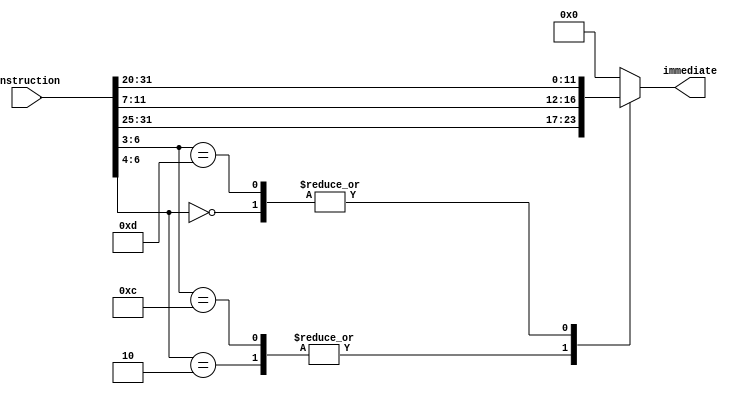
`timescale 1ns / 1ps

module Imm_Gen
(
    input wire [31:0] instruction,
    output reg [11:0] immediate
);

    /* INSTRUCTIONS */
//     Name (Bit position)|-----31:25-----|---24:20---|---19:15---|-14:12-|---11:7----|------6:0------|
//                        | 6 5 4 3 2 1 0 | 4 3 2 1 0 | 4 3 2 1 0 | 2 1 0 | 4 3 2 1 0 | 6 5 4 3 2 1 0 |
//                        | + + + + + + + | + + + + + | + + + + + | + + + | + + + + + | + + + + + + + |
// (a) R-type             |     funct7    |    rs2    |    rs1    |funct3 |    rd     |    opcode     |                                                 
//                        | + + + + + + + | + + + + + | + + + + + | + + + | + + + + + | + + + + + + + |
// (b) I-type             |          immediate        |    rs1    |funct3 |    rd     |    opcode     |                                                 
//                        | + + + + + + + | + + + + + | + + + + + | + + + | + + + + + | + + + + + + + |
// (c) S-type             |  immed[11:5]  |    rs2    |    rs1    |funct3 |immed[4:0] |    opcode     |                                                 
//                        | + + + + + + + | + + + + + | + + + + + | + + + | + + + + + | + + + + + + + |
// (d) SB-type            |  immed[11:5]  |    rs2    |    rs1    |funct3 |immed[4:0] |    opcode     |                                                 
//                        | + + + + + + + | + + + + + | + + + + + | + + + | + + + + + | + + + + + + + |
// (e) UJ-type            |          immediate        | x x x x x | x x x | x x x x x |    opcode     |                                                 
//                        | + + + + + + + | + + + + + | + + + + + | + + + | + + + + + | + + + + + + + |
    always@(*)begin
      
        casex(instruction[6:0])
            7'b000_xxxx: immediate = instruction[31:20];  // I-type instruction
            7'b011_xxxx: immediate = 0;   // R-type instruction
            7'b010_xxxx: immediate = {instruction[31:25], instruction[11:7]}; // S-type instruction
            7'b110_0xxx: immediate = {instruction[31:25], instruction[11:7]}; // SB-type instruction
            7'b110_1xxx: immediate =  instruction[31:20]; // UJ-type instruction
            default: immediate = 0;
        endcase

    end

endmodule